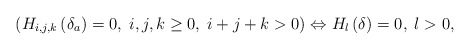
\begin{align*}\left( H_{i,j,k}\left( \delta _{a}\right) =0,\;i,j,k\geq 0,\;i+j+k>0\right)\Leftrightarrow H_{l}\left( \delta \right) =0,\;l>0, \end{align*}